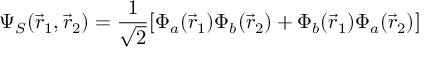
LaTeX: \Psi _ { S } ( { \vec { r } } _ { 1 } , { \vec { r } } _ { 2 } ) = { \frac { 1 } { \sqrt { 2 } } } [ \Phi _ { a } ( { \vec { r } } _ { 1 } ) \Phi _ { b } ( { \vec { r } } _ { 2 } ) + \Phi _ { b } ( { \vec { r } } _ { 1 } ) \Phi _ { a } ( { \vec { r } } _ { 2 } ) ]